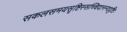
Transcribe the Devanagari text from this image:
सकलसमयसृष्टिस्सच्चिदानन्ददृष्टिः